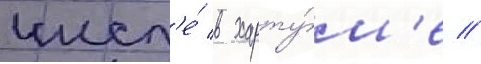
числ'е́ в харту́м'е //